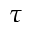
\tau